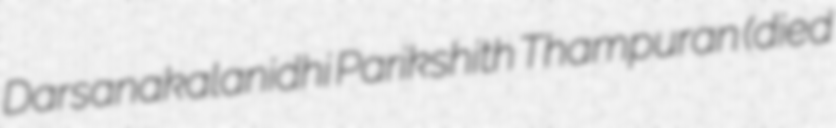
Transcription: Darsanakalanidhi Parikshith Thampuran (died